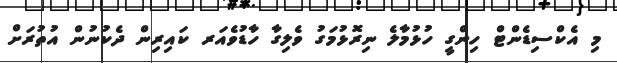
މި އެކްސިޑެންޓް ހިންގީ ހުޅުމާލެ ނިރޮޅުމަގު ވެލިގާ ހާޑުވެއަރ ކައިރިން ދެކުނުން އުތުރަށް